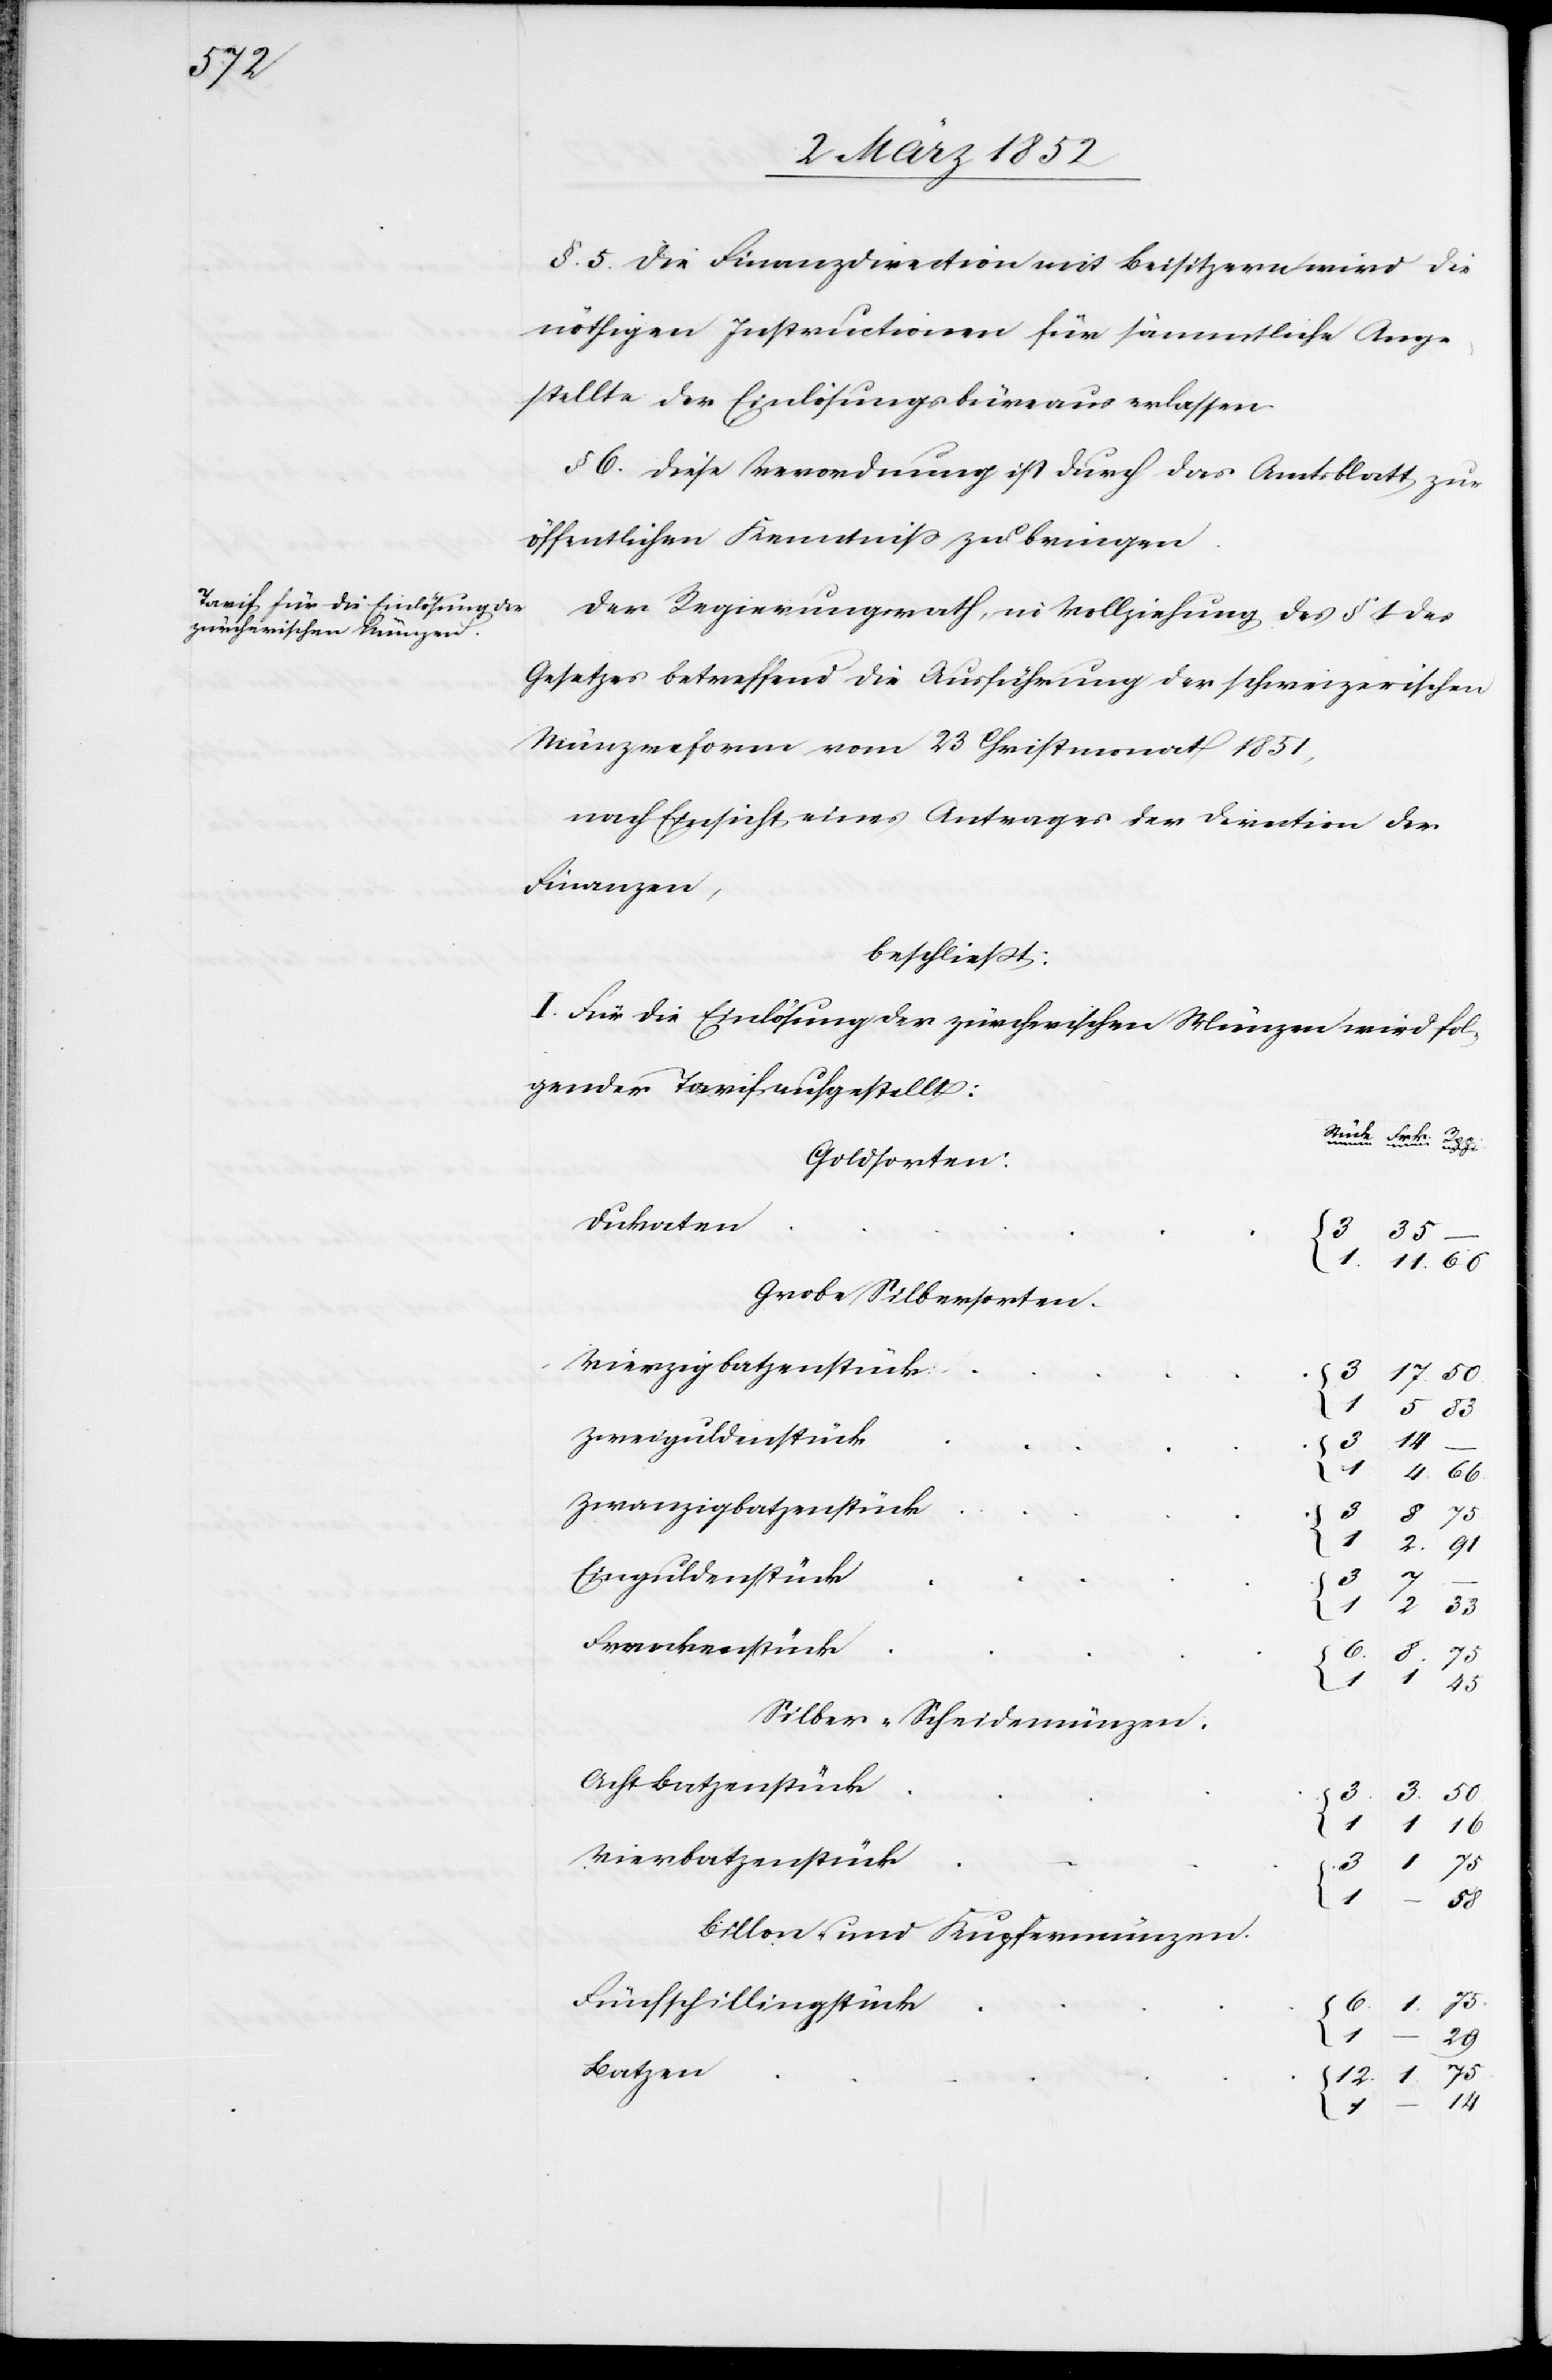
§ 5. Die Finanzdirection mit Beisitzern wird die
nöthigen Instructionen für sämmtliche Ange¬
stellte der Einlösungsbüreaus erlassen.
§ 6. Diese Verordnung ist durch das Amtsblatt zur
öffentlichen Kenntniß zu bringen.
Der Regierungsrath, in Vollziehung des § 1 des
Gesetzes betreffend die Ausführung der schweizerischen
Münzreform vom 23 Christmonat 1851,
nach Einsicht eines Antrages der Direction der
Finanzen,
beschließt:
I. Für die Einlösung der zürcherischen Münzen wird fol¬
gender Tarif aufgestellt:
Geldsorten:
Dukaten
83
Vierzigbatzenstück
Zweiguldenstück
14
75
1
Zwanzigbatzenstück
{
3
–
91
2
Einguldenstück
17
33
Franckenstück
{
1
Silber-Scheidemünzen.
Achtbatzenstück
3
50
16
1
1
Vierbatzenstück
1
58
Billon- und Kupfermünzen
Fünfschillingstück
29
Batzen
{
12